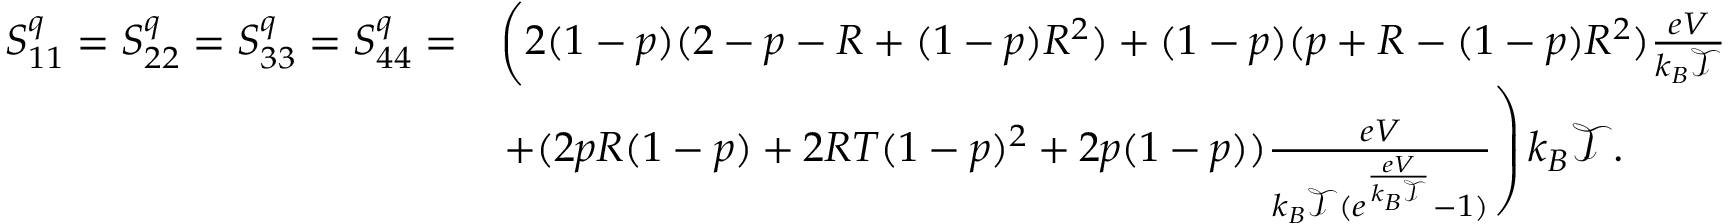
\begin{array} { r l } { S _ { 1 1 } ^ { q } = S _ { 2 2 } ^ { q } = S _ { 3 3 } ^ { q } = S _ { 4 4 } ^ { q } = } & { \left( 2 ( 1 - p ) ( 2 - p - R + ( 1 - p ) R ^ { 2 } ) + ( 1 - p ) ( p + R - ( 1 - p ) R ^ { 2 } ) \frac { e V } { k _ { B } \mathcal { T } } \right. } \\ & { \left. + ( 2 p R ( 1 - p ) + 2 R T ( 1 - p ) ^ { 2 } + 2 p ( 1 - p ) ) \frac { e V } { k _ { B } \mathcal { T } ( e ^ { \frac { e V } { k _ { B } \mathcal { T } } } - 1 ) } \right) k _ { B } \mathcal { T } . } \end{array}